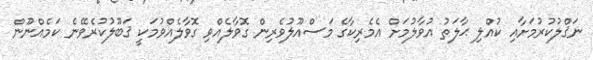
ނަޤްލުކުރުމަށާއި ކުއްލި ޙާލަތު އުވާލުމަށް އެމެރިކާގެ މަސްއޫލުވެރިން ގޮވާލެއްވި ގޮވާލެއްވުމަކީ ޤަބޫލުކުރެވޭނެ ކަމެއްނޫން